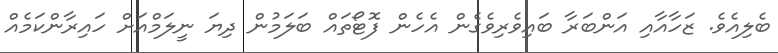
ބެލިއެވެ. ޒަހާއާއި އަންބަރާ ބައިވެރިވެގެން އެހެން ފޮޓޯތައް ބަލަމުން ދިޔަ ނީލަމްއަށް ހައިރާންކަމެއް